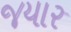
જયાર